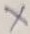
Text: X